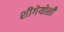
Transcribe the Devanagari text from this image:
शीगेयोशी